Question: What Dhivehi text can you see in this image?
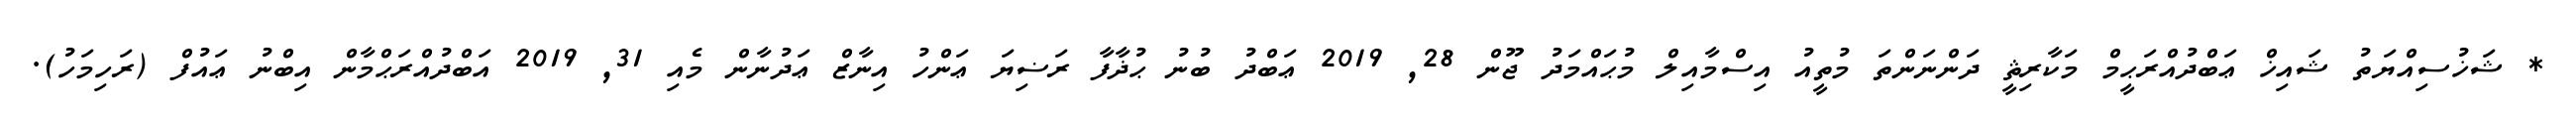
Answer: * ޝަޚުސިއްޔަތު ޝައިޚް ޢަބްދުއްރަޙީމް މަކާރިޘީ ދަންނަންތަ މުތީއު އިސްމާއިލް މުޙައްމަދު ޖޫން 28, 2019 ޢަބްދު ބުނު ޙުޛާފާ ރަޟިޔަ ޢަންހު އިނާޒް ޢަދުނާން މެއި 31, 2019 އަބްދުއްރަޙްމާން އިބްނު ޢައުފް (ރަހިމަހު).